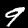
Label: 9